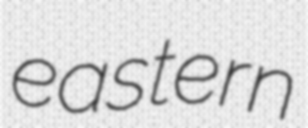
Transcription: eastern